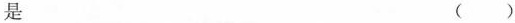
是 ( )